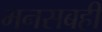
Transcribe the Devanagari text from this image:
मनसबही